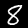
Label: 8